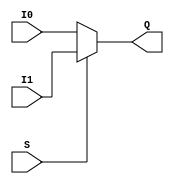
`timescale 1ns / 1ps
//////////////////////////////////////////////////////////////////////////////////
// Company: 
// Engineer: 
// 
// Design Name: 
// Module Name: Mux2_1
// Project Name: 
// Target Devices: 
// Tool Versions: 
// Description: 
// 
// Dependencies: 
// 
// Revision:
// Revision 0.01 - File Created
// Additional Comments:
// 
//////////////////////////////////////////////////////////////////////////////////


module Mux5bit(I0, I1, S, Q);
    input [4:0] I0, I1;
    input S;
    output [4:0] Q;
    assign Q = S ? I1:I0;
endmodule